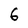
Character: 6